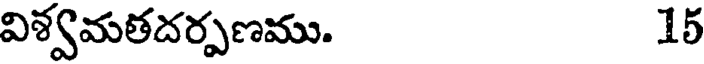
విశ్వమతదర్పణము. 15